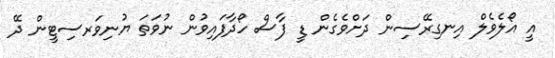
އީ އޯލެވެލް އިނގިރޭސިން ދަށްވެގެން ޑީ ފާސް ހޯދާފައިވުން ނުވަތަ ޔުނިވަރސިޓީން ދޭ